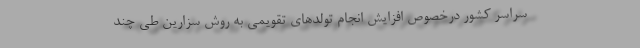
سراسر کشور درخصوص افزایش انجام تولدهای تقویمی به روش سزارین طی چند